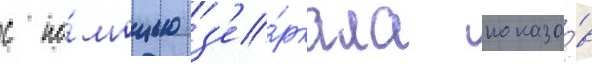
с по́мощью з'е́ркала показа́в